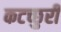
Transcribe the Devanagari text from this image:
कटच्छुरी